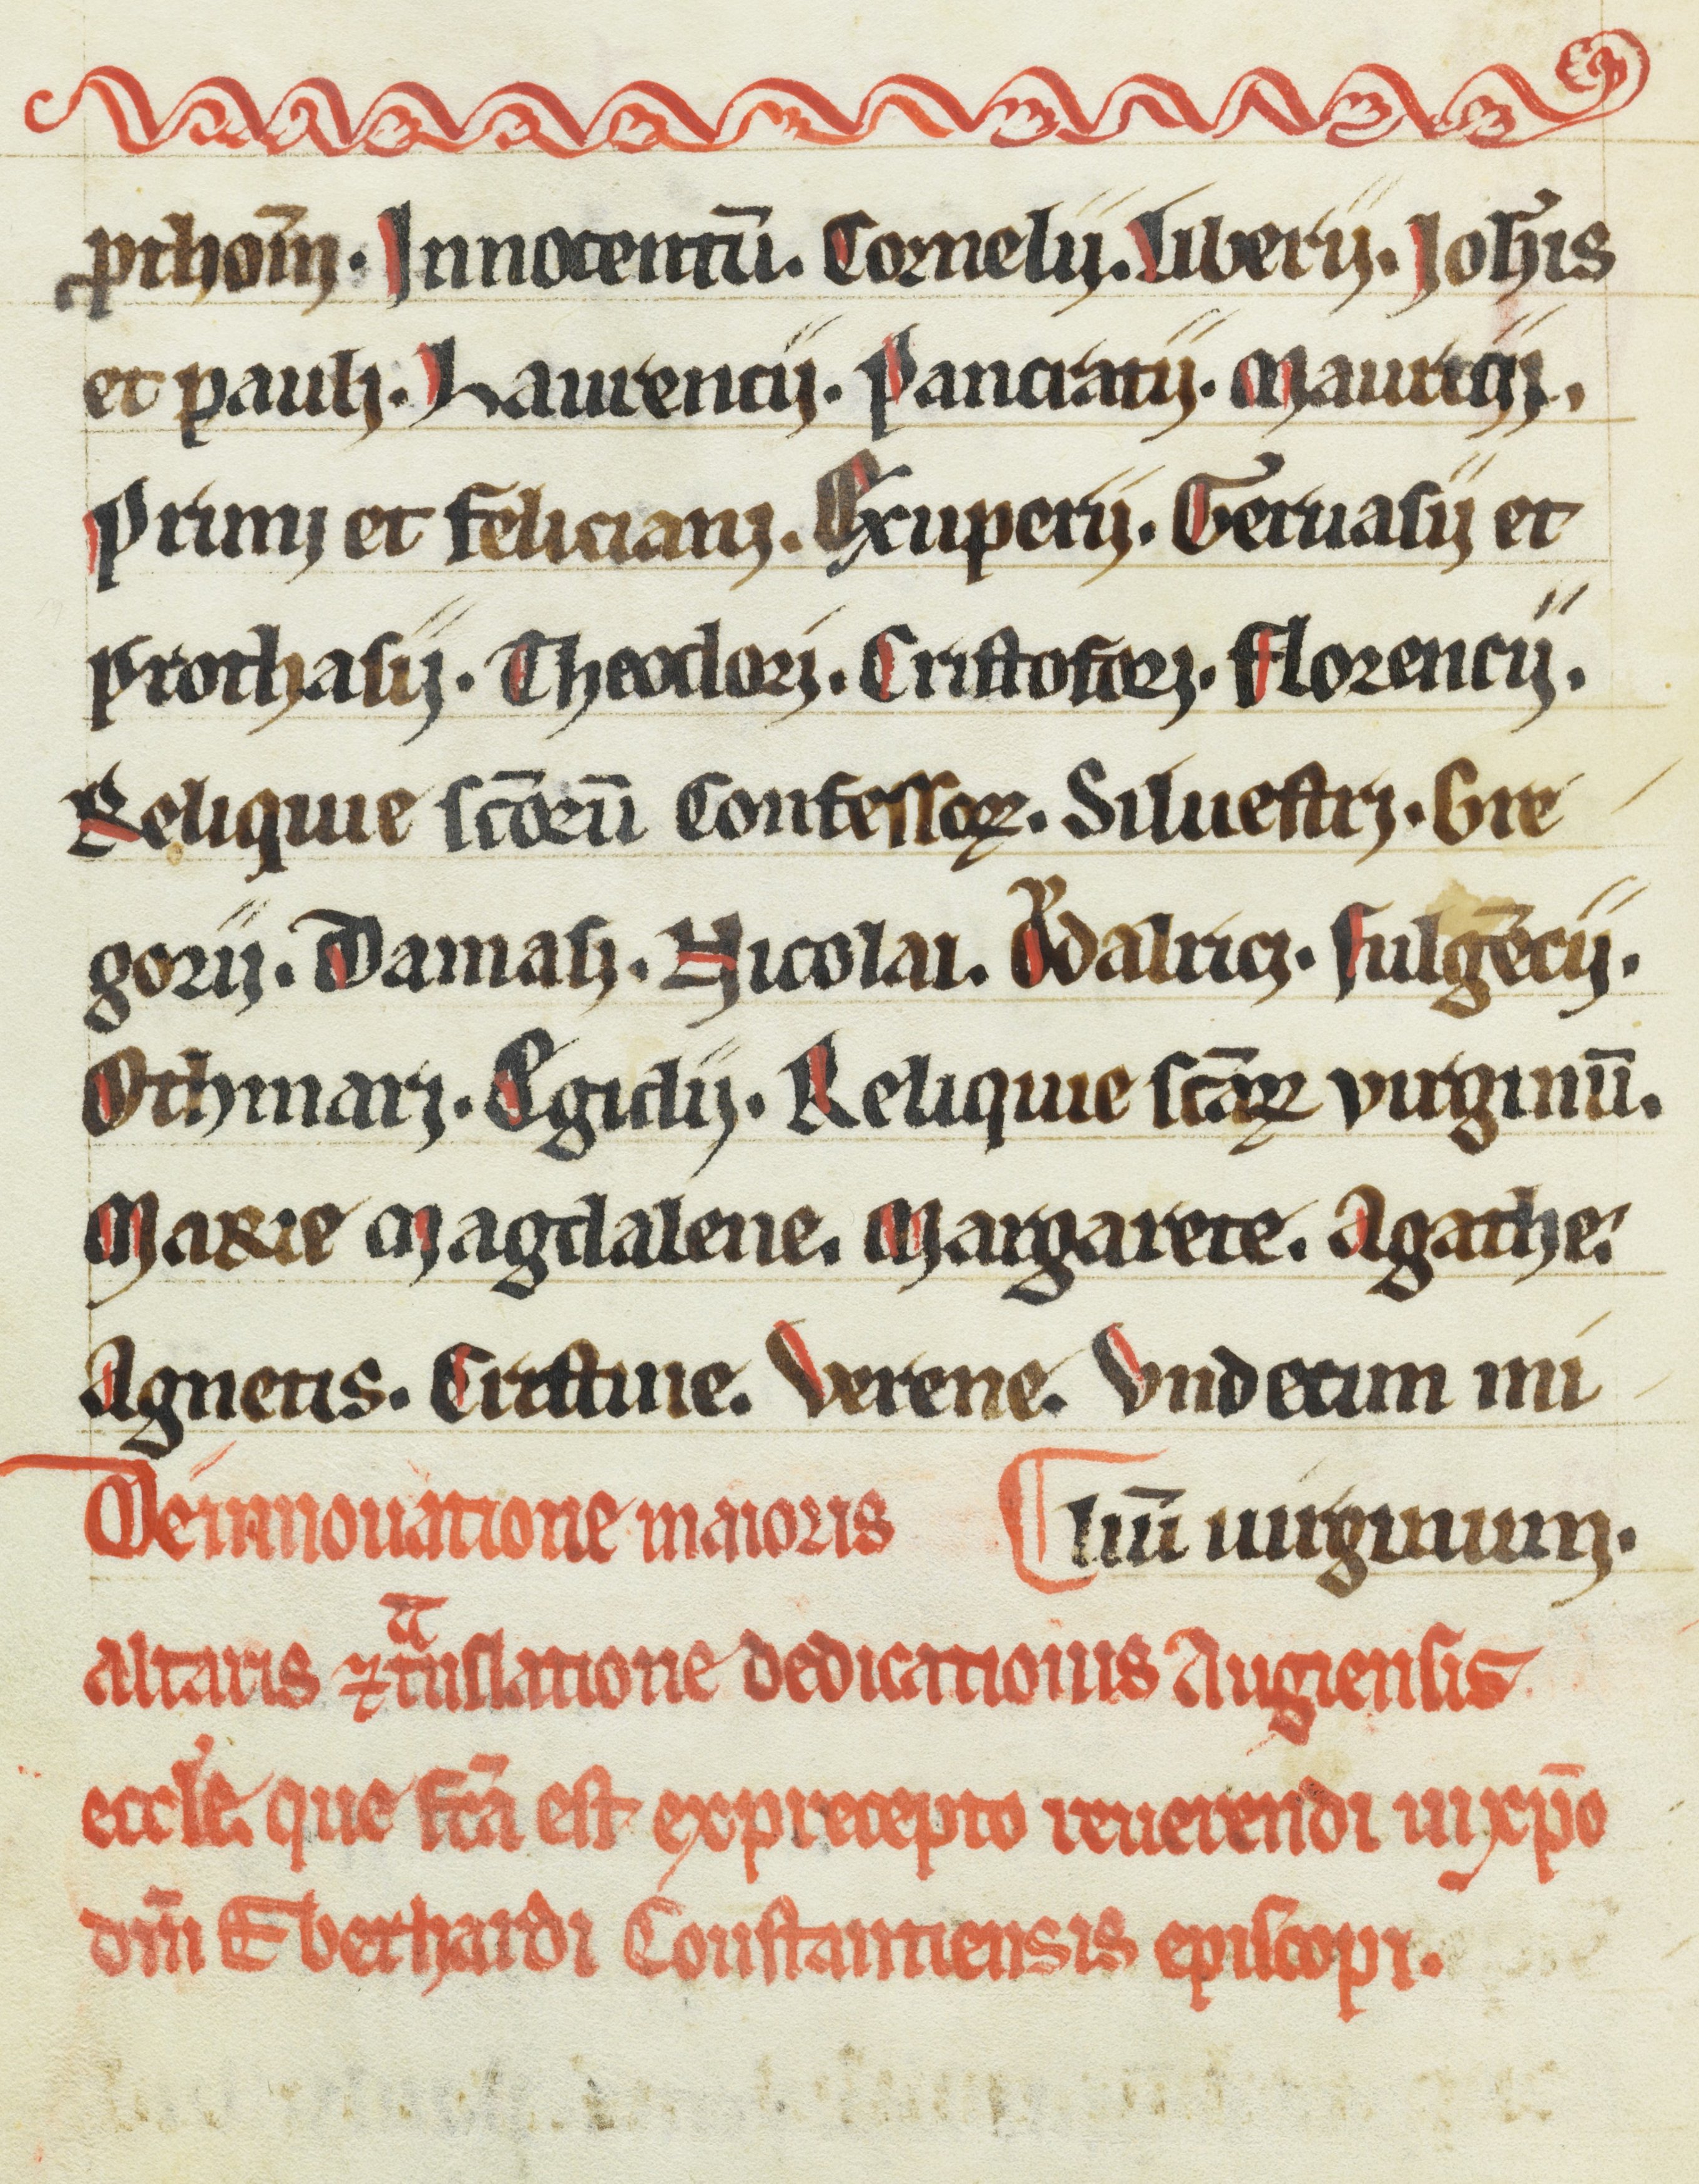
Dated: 1200–1399